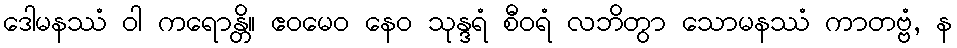
ဒေါမနဿံ ဝါ ကရောန္တိ။ ဧဝမေဝ နေဝ သုန္ဒရံ စီဝရံ လဘိတွာ သောမနဿံ ကာတဗ္ဗံ, န